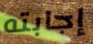
إجابته